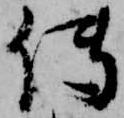
伝